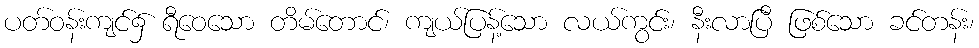
ပတ်ဝန်းကျင်၌ ရီဝေသော တိမ်တောင်၊ ကျယ်ပြန့်သော လယ်ကွင်း၊ နီးလာပြီ ဖြစ်သော ခင်တန်း၊